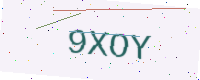
Text: 9XOY